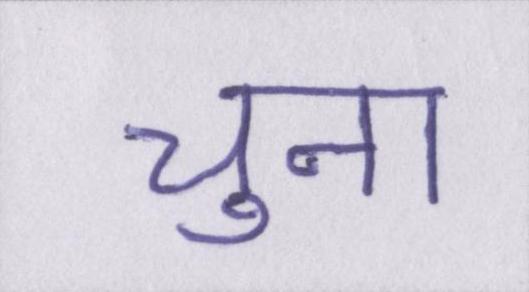
चुना